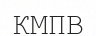
КМПВ